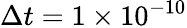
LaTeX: \Delta t=1\times 10^{-10}